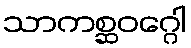
သာကစ္ဆဝဂ္ဂေါ